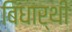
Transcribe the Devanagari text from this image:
बिधार्थी